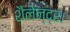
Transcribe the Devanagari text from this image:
शैलेन्द्र।